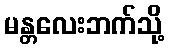
မန္တလေးဘက်သို့